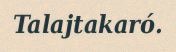
Talajtakaró.